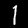
Label: 1